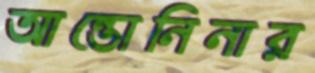
আন্তোনিনার